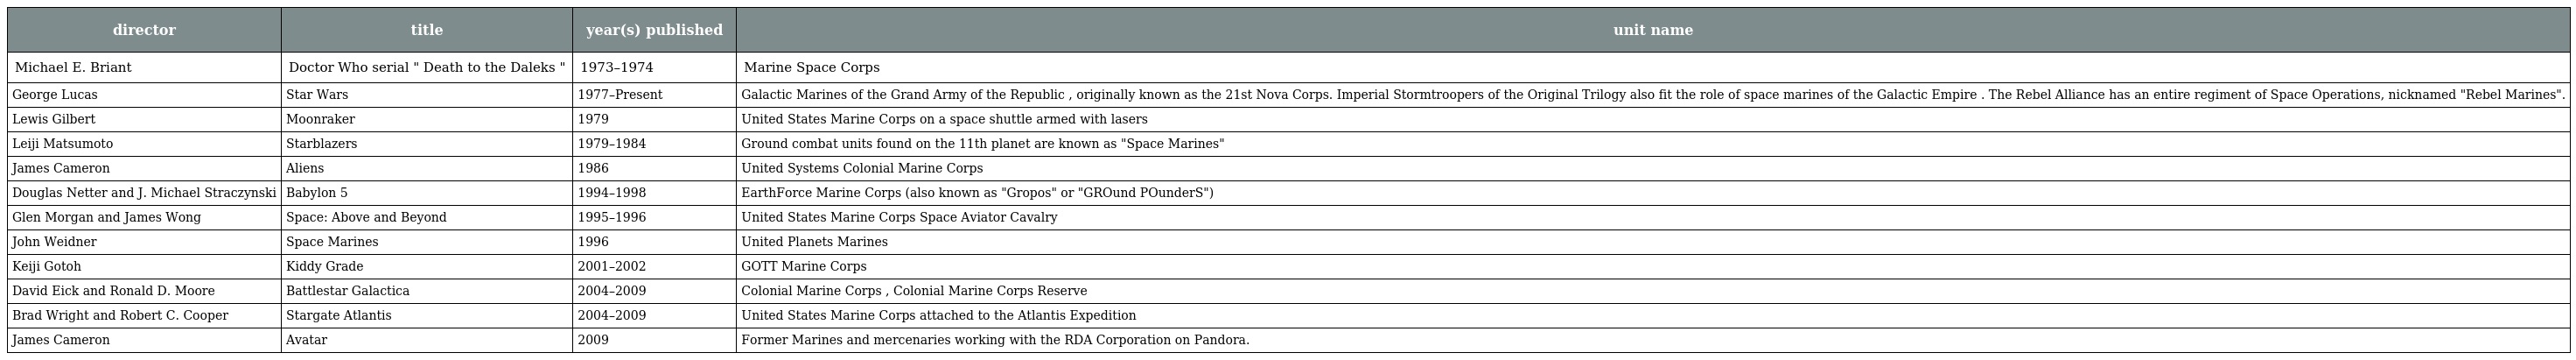
| director | title | year(s) published | unit name |
 | --- | --- | --- | --- |
 | Michael E. Briant | Doctor Who serial " Death to the Daleks " | 1973–1974 | Marine Space Corps |
 | George Lucas | Star Wars | 1977–Present | Galactic Marines of the Grand Army of the Republic , originally known as the 21st Nova Corps. Imperial Stormtroopers of the Original Trilogy also fit the role of space marines of the Galactic Empire . The Rebel Alliance has an entire regiment of Space Operations, nicknamed "Rebel Marines". |
 | Lewis Gilbert | Moonraker | 1979 | United States Marine Corps on a space shuttle armed with lasers |
 | Leiji Matsumoto | Starblazers | 1979–1984 | Ground combat units found on the 11th planet are known as "Space Marines" |
 | James Cameron | Aliens | 1986 | United Systems Colonial Marine Corps |
 | Douglas Netter and J. Michael Straczynski | Babylon 5 | 1994–1998 | EarthForce Marine Corps (also known as "Gropos" or "GROund POunderS") |
 | Glen Morgan and James Wong | Space: Above and Beyond | 1995–1996 | United States Marine Corps Space Aviator Cavalry |
 | John Weidner | Space Marines | 1996 | United Planets Marines |
 | Keiji Gotoh | Kiddy Grade | 2001–2002 | GOTT Marine Corps |
 | David Eick and Ronald D. Moore | Battlestar Galactica | 2004–2009 | Colonial Marine Corps , Colonial Marine Corps Reserve |
 | Brad Wright and Robert C. Cooper | Stargate Atlantis | 2004–2009 | United States Marine Corps attached to the Atlantis Expedition |
 | James Cameron | Avatar | 2009 | Former Marines and mercenaries working with the RDA Corporation on Pandora. |